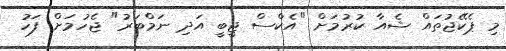
މި ޕެކޭޖުތައް ޝެއާ ކުރުމަށް "އެކްސް ޖީބީ އަދި ނަމްބަރު" ޖެހުމަށް ފަހު